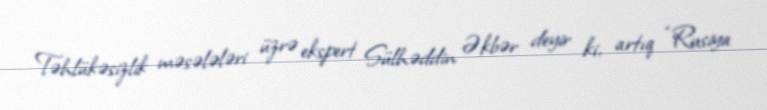
Təhlükəsizlik məsələləri üzrə ekspert Sülhəddin Əkbər deyir ki, artıq “Rusiya